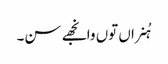
ہُنراں توں وانجھے سن۔